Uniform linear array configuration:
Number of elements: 24
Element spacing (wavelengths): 1
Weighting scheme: hann
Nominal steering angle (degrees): -45
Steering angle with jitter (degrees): -45.336
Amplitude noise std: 0.05
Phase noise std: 0.05

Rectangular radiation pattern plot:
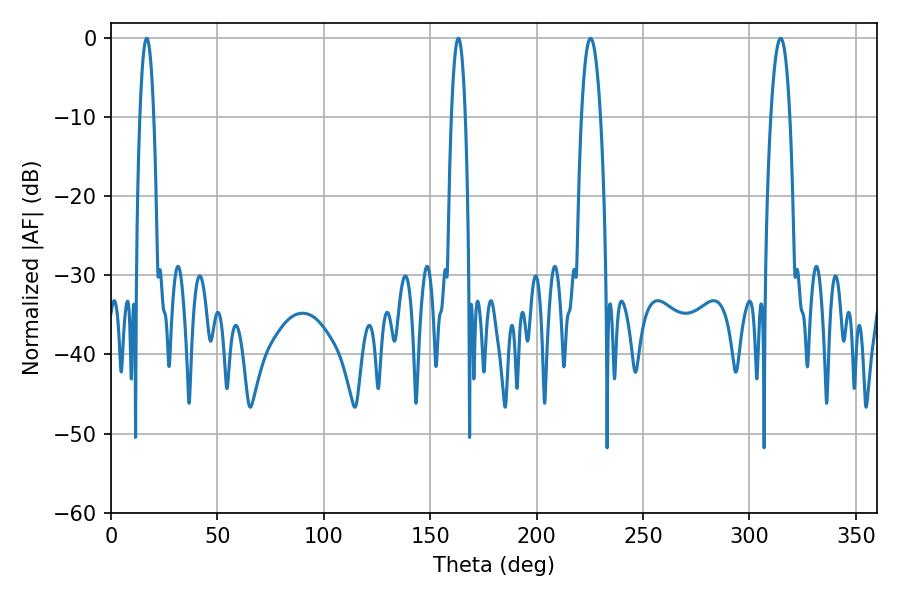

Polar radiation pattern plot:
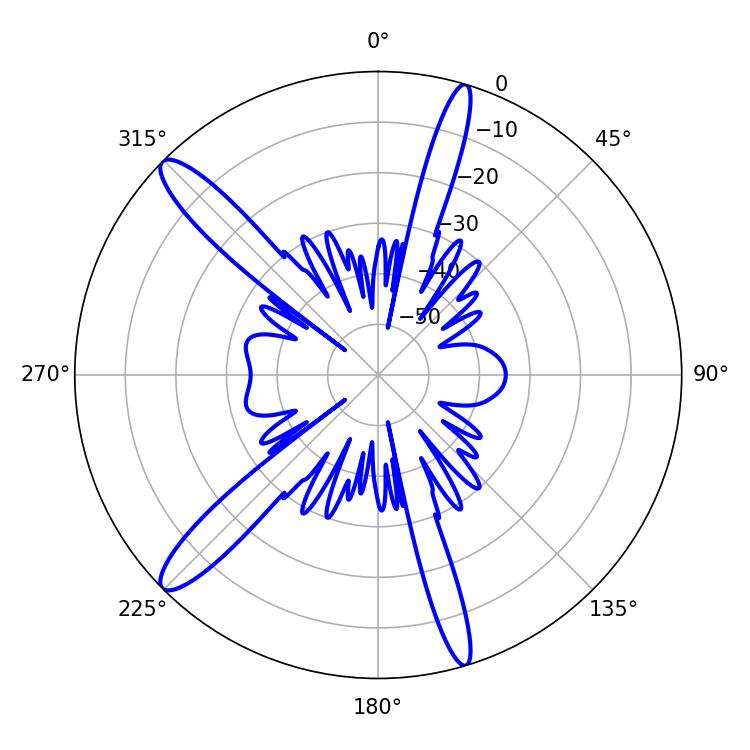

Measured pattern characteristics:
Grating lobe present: TRUE
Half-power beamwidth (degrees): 5.04
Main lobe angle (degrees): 225.36